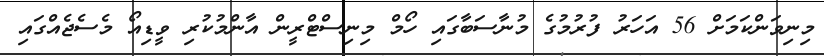
މިނިވަންކަމަށް 56 އަހަރު ފުރުމުގެ މުނާސަބާގައި ހޯމް މިނިސްޓްރީން އާންމުކުރި ވީޑިއޯ މެސެޖެއްގައި